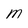
Character: M